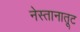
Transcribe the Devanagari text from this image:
नेस्तानातूट